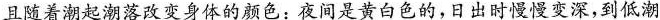
且随着潮起潮落改变身体的颜色：夜间是黄白色的，日出时慢慢变深，到低潮